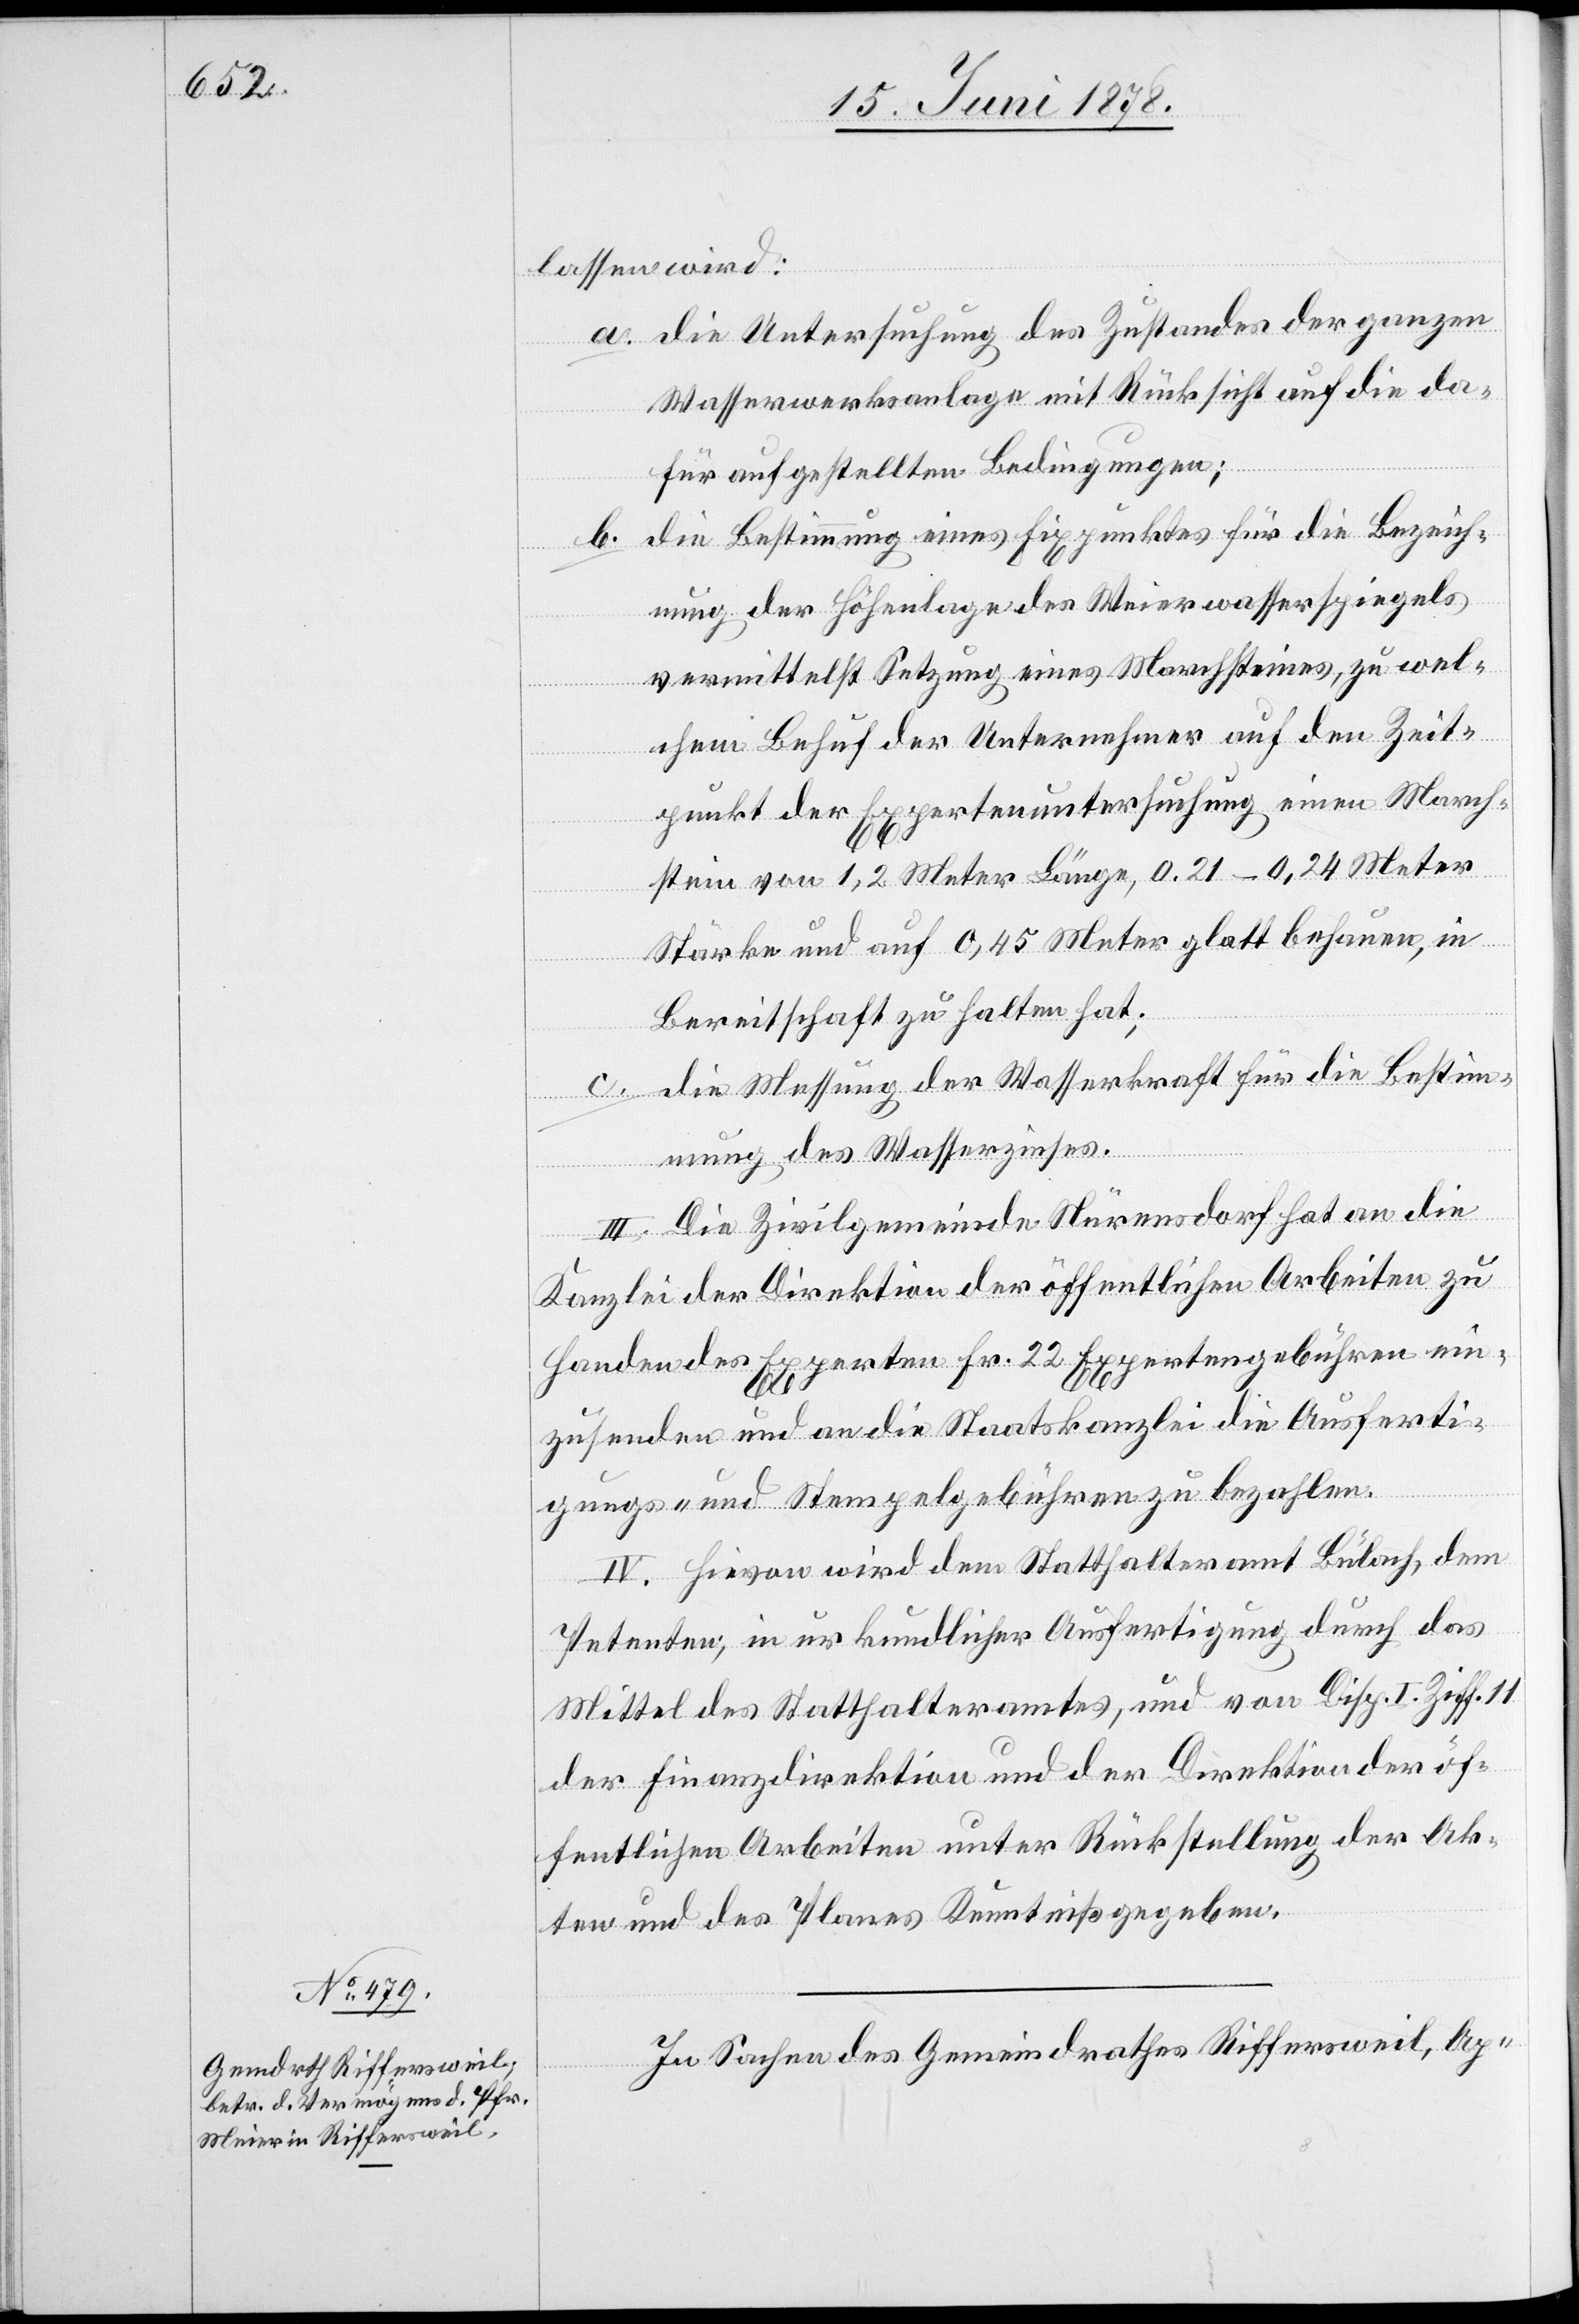
lassen wird:
die Untersuchung des Zustandes der ganzen
Wasserwerksanlage mit Rücksicht auf die da¬
für aufgestellten Bedingungen;
die Bestimmung eines Fixpunktes für die Bezeich¬
b.
nung der Höhenlage des Weierwasserspiegels
vermittelst Setzung eines Marchsteines, zu wel¬
chem Behuf der Unternehmer auf den Zeit¬
punkt der Expertenuntersuchung einen March¬
stein von 1,2 Meter Länge, 0,21 – 0,24 Meter
Stärke und auf 0,45 Meter glatt behauen, in
Bereitschaft zu halten hat;
die Messung der Wasserkraft für die Bestim¬
mung des Wasserzinses.
III. Die Zivilgemeinde Nürensdorf hat an die
Kanzlei der Direktion der öffentlichen Arbeiten zu
Handen des Experten Fr. 22 Expertengebühren ein¬
zusenden und an die Staatskanzlei die Ausferti¬
gungs- und Stempelgebühren zu bezahlen.
IV. Hievon wird dem Statthalteramt Bülach, dem
Petenten, in urkundlicher Ausfertigung durch das
Mittel des Statthalteramtes, und von Disp. I. Ziff. 11
der Finanzdirektion und der Direktion der öf¬
fentlichen Arbeiten unter Rückstellung der Ak¬
ten und des Planes Kenntniß gegeben.
In Sachen des Gemeindrathes Riffersweil, Ap-